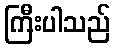
ကြီးပါသည်